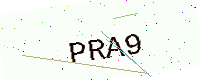
Text: PRA9